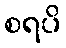
စရပိ